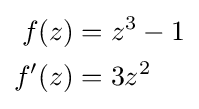
{\begin{aligned}f(z)&=z^{3}-1\\f'(z)&=3z^{2}\end{aligned}}